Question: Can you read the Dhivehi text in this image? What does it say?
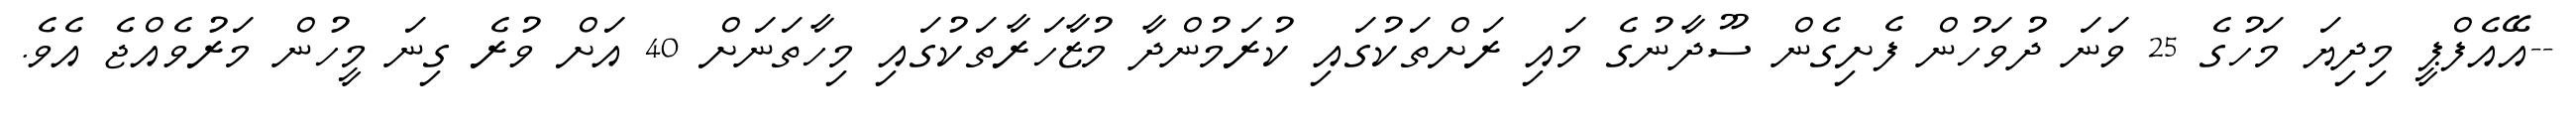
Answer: --އޭއެފްޕީ މިދިޔަ މަހުގެ 25 ވަނަ ދުވަހުން ފެށިގެން ސޫދާނުގެ މައި ރަށްތަކުގައި ކުރަމުންދާ މުޒާހަރާތަކުގައި މިހާތަނަށް 40 އަށް ވުރެ ގިނަ މީހުން މަރުވެއްޖެ އެވެ.